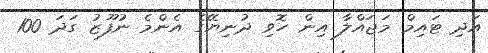
އަދި ޓައިމް މަޖައްލާ އިން ހޮވި ދުނިޔޭގެ އެންމެ ނުފޫޒު ގަދަ 100